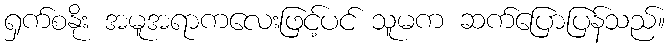
ရှက်စနိုး အမူအရာကလေးဖြင့်ပင် သူမက ဆက်ပြောပြန်သည်။